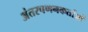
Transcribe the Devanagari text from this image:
अंतरपणनकर्ताओं